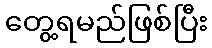
တွေ့ရမည်ဖြစ်ပြီး